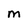
Character: M